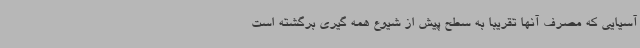
آسیایی که مصرف آنها تقریبا به سطح پیش از شیوع همه گیری برگشته است